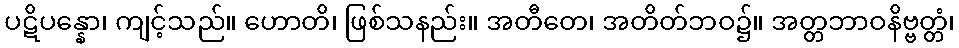
ပဋိပန္နော၊ ကျင့်သည်။ ဟောတိ၊ ဖြစ်သနည်း။ အတီတေ၊ အတိတ်ဘဝ၌။ အတ္တဘာဝနိဗ္ဗတ္တံ၊